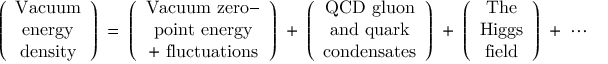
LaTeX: \left( \begin{array} { c } { { \mathrm { V a c u u m } } } \\ { { \mathrm { e n e r g y } } } \\ { { \mathrm { d e n s i t y } } } \end{array} \right) \; = \; \left( \begin{array} { c } { { \mathrm { V a c u u m ~ z e r o - } } } \\ { { \mathrm { p o i n t ~ e n e r g y } } } \\ { { \mathrm { + ~ f l u c t u a t i o n s } } } \end{array} \right) \; + \; \left( \begin{array} { c } { { \mathrm { Q C D ~ g l u o n } } } \\ { { \mathrm { a n d ~ q u a r k } } } \\ { { \mathrm { c o n d e n s a t e s } } } \end{array} \right) \; + \; \left( \begin{array} { c } { { \mathrm { T h e } } } \\ { { \mathrm { H i g g s } } } \\ { { \mathrm { f i e l d } } } \end{array} \right) \; + \; \cdots